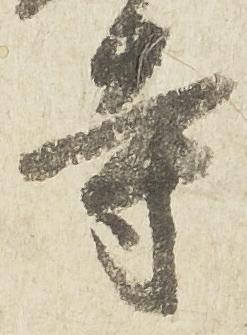
寺